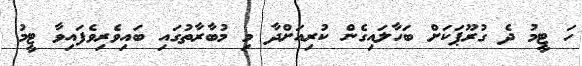
ހަ ޓީމު ދެ ގުރޫޕަކަށް ބަހާލައިގެން ކުރިއަށްދާ މި މުބާރާތުގައި ބައިވެރިވެފައިވާ ޓީމު